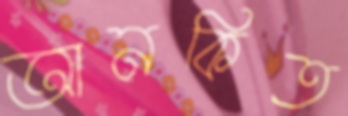
আনকিত